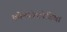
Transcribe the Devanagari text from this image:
कोलरोफोबिया